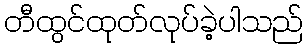
တီထွင်ထုတ်လုပ်ခဲ့ပါသည်